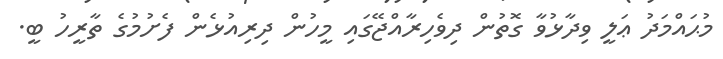
މުޙައްމަދު ޢަލީ ވިދާޅުވާ ގޮތުން ދިވެހިރާއްޖޭގައި މީހުން ދިރިއުޅެން ފެށުމުގެ ތާރީހު ބީ.